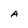
Character: A